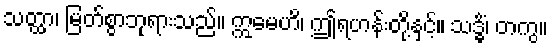
သတ္ထာ၊ မြတ်စွာဘုရားသည်။ ဣမေဟိ၊ ဤရဟန်းတို့နှင့်။ သဒ္ဓိံ၊ တကွ။